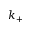
k _ { + }